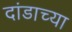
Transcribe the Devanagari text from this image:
दांडाच्या